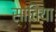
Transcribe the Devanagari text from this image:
सांतिया